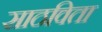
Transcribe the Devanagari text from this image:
साठविता